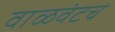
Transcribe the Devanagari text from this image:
वाळवंटच